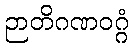
ဉာတိဂဏဝဂ္ဂံ